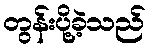
တွန်းပို့ခဲ့သည်